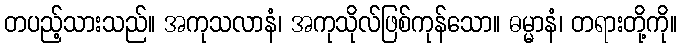
တပည့်သားသည်။ အကုသလာနံ၊ အကုသိုလ်ဖြစ်ကုန်သော။ ဓမ္မာနံ၊ တရားတို့ကို။